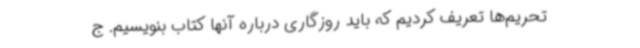
تحریم‌ها تعریف کردیم که باید روزگاری درباره‌ آنها کتاب بنویسیم. ج